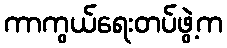
ကာကွယ်ရေးတပ်ဖွဲ့က